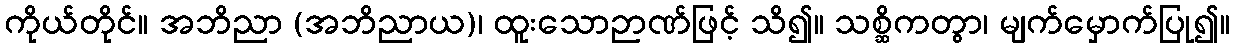
ကိုယ်တိုင်။ အဘိညာ (အဘိညာယ)၊ ထူးသောဉာဏ်ဖြင့် သိ၍။ သစ္ဆိကတွာ၊ မျက်မှောက်ပြု၍။